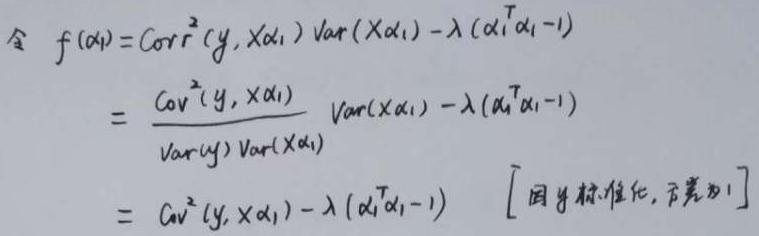
\[
\begin{align*}
\text{令}f(\alpha_1)&=\text{Corr}^2(y,X\alpha_1)\text{Var}(X\alpha_1)-\lambda(\alpha_1^T\alpha_1 - 1)\\
&=\frac{\text{Cov}^2(y,X\alpha_1)}{\text{Var}(y)\text{Var}(X\alpha_1)}\text{Var}(X\alpha_1)-\lambda(\alpha_1^T\alpha_1 - 1)\\
&=\text{Cov}^2(y,X\alpha_1)-\lambda(\alpha_1^T\alpha_1 - 1)\quad[\text{因}y\text{标准化，方差为}1]
\end{align*}
\]